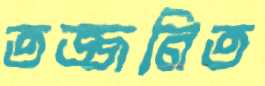
তজ্জনিত